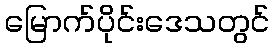
မြောက်ပိုင်းဒေသတွင်